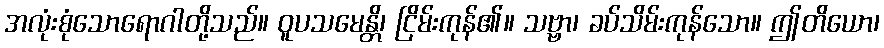
အလုံးစုံသောရောဂါတို့သည်။ ဝူပသမေန္တိ၊ ငြိမ်းကုန်၏။ သဗ္ဗာ၊ ခပ်သိမ်းကုန်သော။ ဤတိယော၊